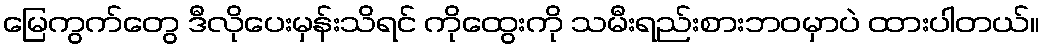
မြေကွက်တွေ ဒီလိုပေးမှန်းသိရင် ကိုထွေးကို သမီးရည်းစားဘဝမှာပဲ ထားပါတယ်။